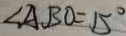
\angle A B O = 1 5 ^ { \circ }